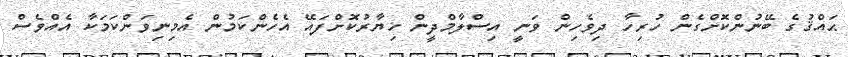
ޙައްޤުގެ ބޭނުންކޮށްގެން ހުރިހާ ދިވެހިން ވަނީ އިސްލާމްދީން ޚިޔާރުކޮށްފައޭ އެހެންކަމުން އެމިނިވަންކަމަކާ އެއްވެސް